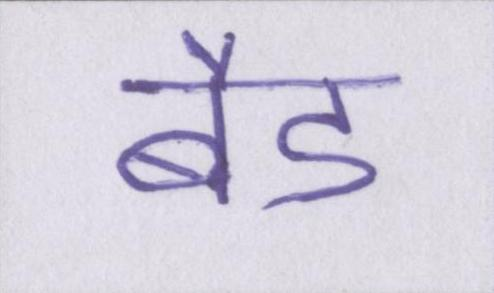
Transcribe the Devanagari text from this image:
बैड